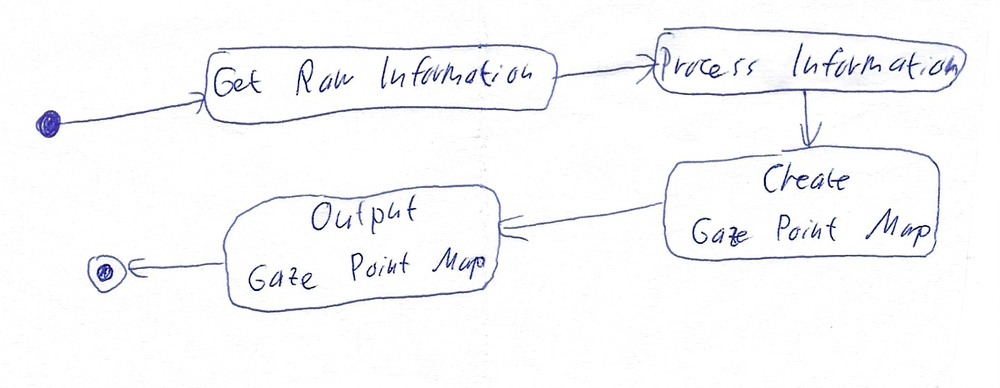
Diagram type: activity_diagram
```plantuml
@startuml

start

:Get Raw Information;
:Process Information;
:Create Gaze Point Map;
:Output Gaze Point Map;

stop

@enduml
```